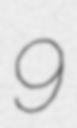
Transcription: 9